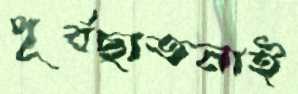
পূর্বছাতনাই